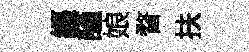
纒謹娘瞀扶